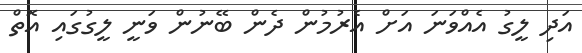
އަދި ލީގު އެއްވަނަ އަށް އެރުމުން ދެން ބޭނުން ވަނީ ލީގުގައި އޮތް